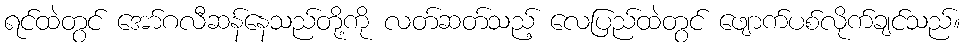
ရင်ထဲတွင် အော်ဂလီဆန်နေသည်တို့ကို လတ်ဆတ်သည့် လေပြည်ထဲတွင် ဖျောက်ပစ်လိုက်ချင်သည်။